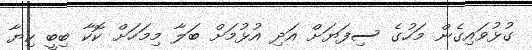
ގުޅުވައިގެން މަހުގެ ސިފަޔަށް އަދި އުޅުމަށް ބަލާ މިމަހަށް ކޮކާ ބިބީ ކިޔާ